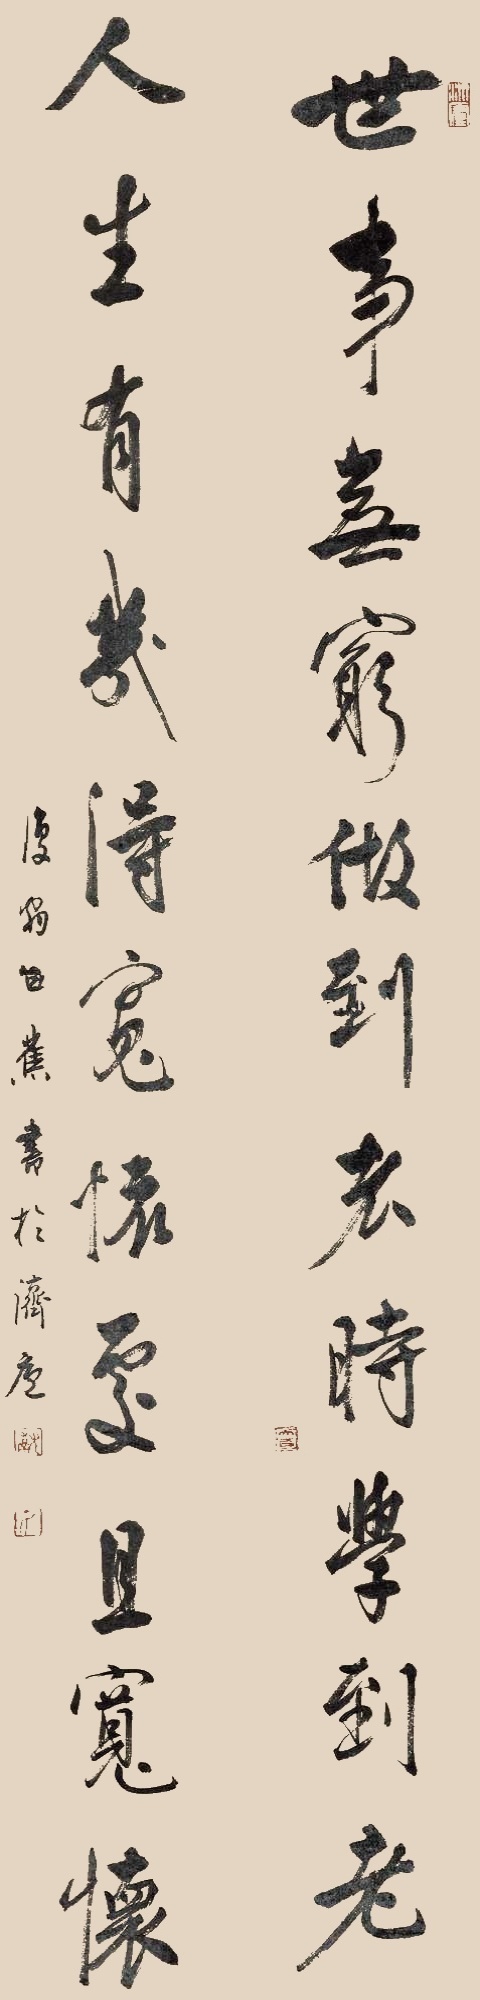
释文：世事无穷做到老时学到老，人生有几得宽怀处且宽怀。复翁白蕉书于济庐。